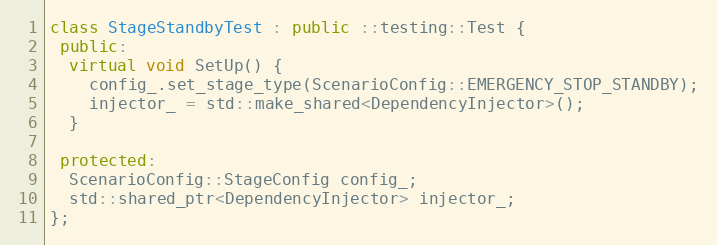
Language: C++
class StageStandbyTest : public ::testing::Test {
 public:
  virtual void SetUp() {
    config_.set_stage_type(ScenarioConfig::EMERGENCY_STOP_STANDBY);
    injector_ = std::make_shared<DependencyInjector>();
  }

 protected:
  ScenarioConfig::StageConfig config_;
  std::shared_ptr<DependencyInjector> injector_;
};